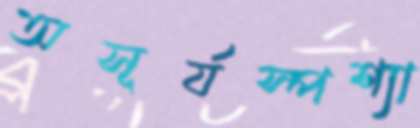
অসূর্যস্পশ্যা